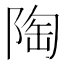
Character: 陶